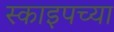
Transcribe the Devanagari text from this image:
स्काइपच्या